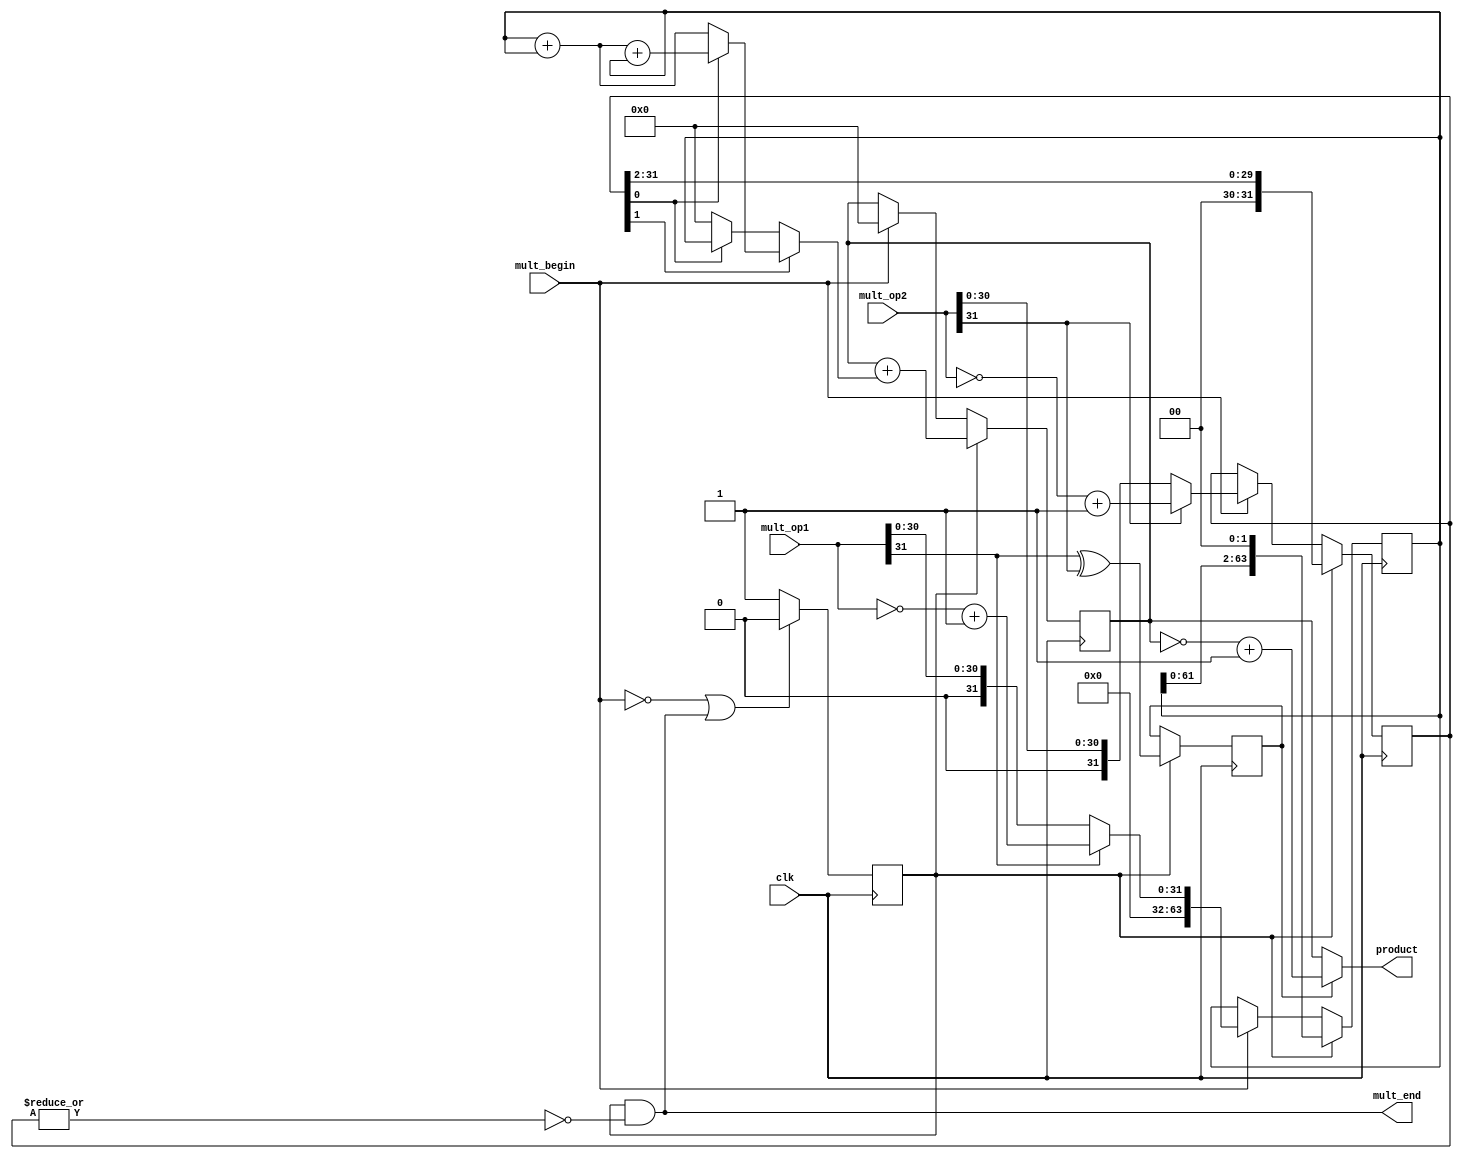
module multiply(              // 乘法器
    input         clk,        // 时钟
    input         mult_begin, // 乘法开始信号
    input  [31:0] mult_op1,   // 乘法源操作数1
    input  [31:0] mult_op2,   // 乘法源操作数2
    output [63:0] product,    // 乘积
    output        mult_end    // 乘法结束信号
);

    //乘法正在运算信号和结束信号
    reg mult_valid;
    assign mult_end = mult_valid & ~(|multiplier); //乘法结束信号：乘数全0
    always @(posedge clk)
    begin
        if (!mult_begin || mult_end)
        begin
            mult_valid <= 1'b0;
        end
        else
        begin
            mult_valid <= 1'b1;
        end
    end

    //两个源操作取绝对值，正数的绝对值为其本身，负数的绝对值为取反加1
    wire        op1_sign;      //操作数1的符号位
    wire        op2_sign;      //操作数2的符号位
    wire [31:0] op1_absolute;  //操作数1的绝对值
    wire [31:0] op2_absolute;  //操作数2的绝对值
    assign op1_sign = mult_op1[31];
    assign op2_sign = mult_op2[31];
    assign op1_absolute = op1_sign ? (~mult_op1+1) : mult_op1;
    assign op2_absolute = op2_sign ? (~mult_op2+1) : mult_op2;

 
    reg  [63:0] multiplicand;
    always @ (posedge clk)
    begin
        if (mult_valid)
        begin 
            multiplicand <= {multiplicand[61:0],2'b0};
        end
        else if (mult_begin) 
        begin   // 乘法开始，加载被乘数，为乘数1的绝对值
            multiplicand <= {32'd0,op1_absolute};
        end
    end


    reg  [31:0] multiplier;
    always @ (posedge clk)
    begin
        if (mult_valid)
        begin   
            multiplier <= {2'b0,multiplier[31:2]}; 
        end
        else if (mult_begin)
        begin   // 乘法开始，加载乘数，为乘数2的绝对值
            multiplier <= op2_absolute; 
        end
    end
    
    
    // 部分积
    wire [63:0] partial_product;
    assign partial_product = multiplier[1] ? (multiplier[0] ? (multiplicand
+ multiplicand + multiplicand) : (multiplicand + multiplicand)):(
multiplier[0] ? multiplicand : 64'd0);
    
    //累加器
    reg [63:0] product_temp;
    always @ (posedge clk)
    begin
        if (mult_valid)
        begin
            product_temp <= product_temp + partial_product;
        end
        else if (mult_begin) 
        begin
            product_temp <= 64'd0;  // 乘法开始，乘积清零 
        end
    end 
     
    //乘法结果的符号位和乘法结果
    reg product_sign;
    always @ (posedge clk)  // 乘积
    begin
        if (mult_valid)
        begin
              product_sign <= op1_sign ^ op2_sign;
        end
    end 
    //若乘法结果为负数，则需要对结果取反+1
    assign product = product_sign ? (~product_temp+1) : product_temp;
endmodule